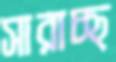
সারাচ্ছ